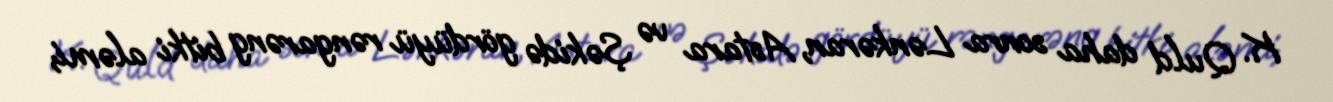
K. Quld daha sonra Lənkəran, Astara və Şəkidə gördüyü rəngarəng bitki aləmi,